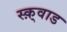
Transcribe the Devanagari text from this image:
स्क़्वाड